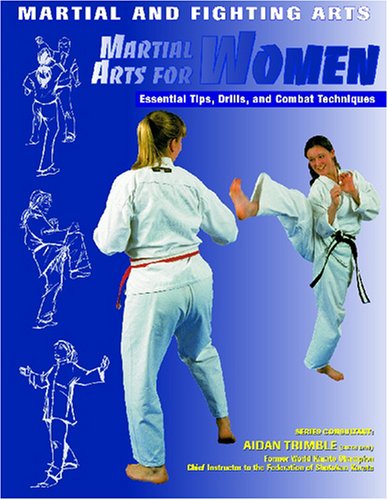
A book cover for Martial Arts for Women: Essential Tips, Drills, and Combat Techniques (Martial and Fighting Arts); Eric Chaline; Teen & Young Adult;